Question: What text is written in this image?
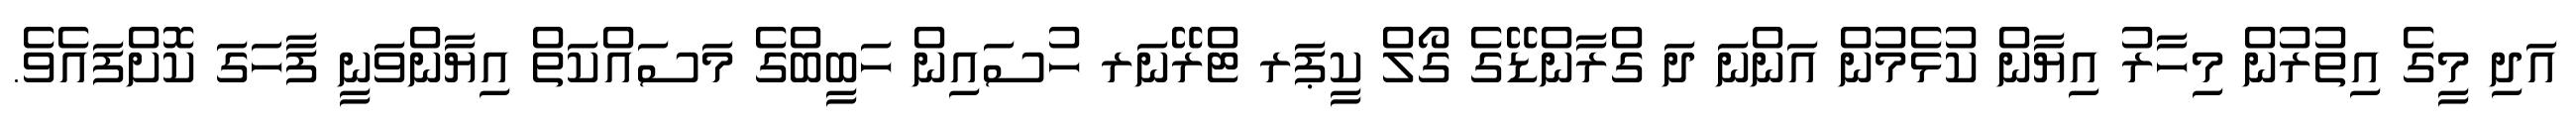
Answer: އަދި މީގެ އިތުރުން މިހާރު އިޔާން ކުޅެމުން އަންނަ ދަ ގްރާންޑޭގެ ގޯލް ކީޕަރ ޓްރޭނަރ ހުސައިން ހަބީބްގެ މަސައްކަތް އިޔާންވަނީ ފާހަގަ ކޮށްފައެވެ.